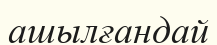
ашылғандай